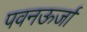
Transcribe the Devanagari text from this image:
पवनऊर्जा